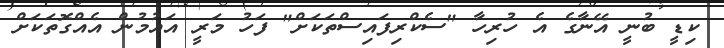
ކިޑީ ބުނީ އޭނާގެ އެ ހުރިހާ "ސެކްރިފައިސްތަކަށް" ފަހު މަރީ އައުމުން އެއްގޮތަކަށް